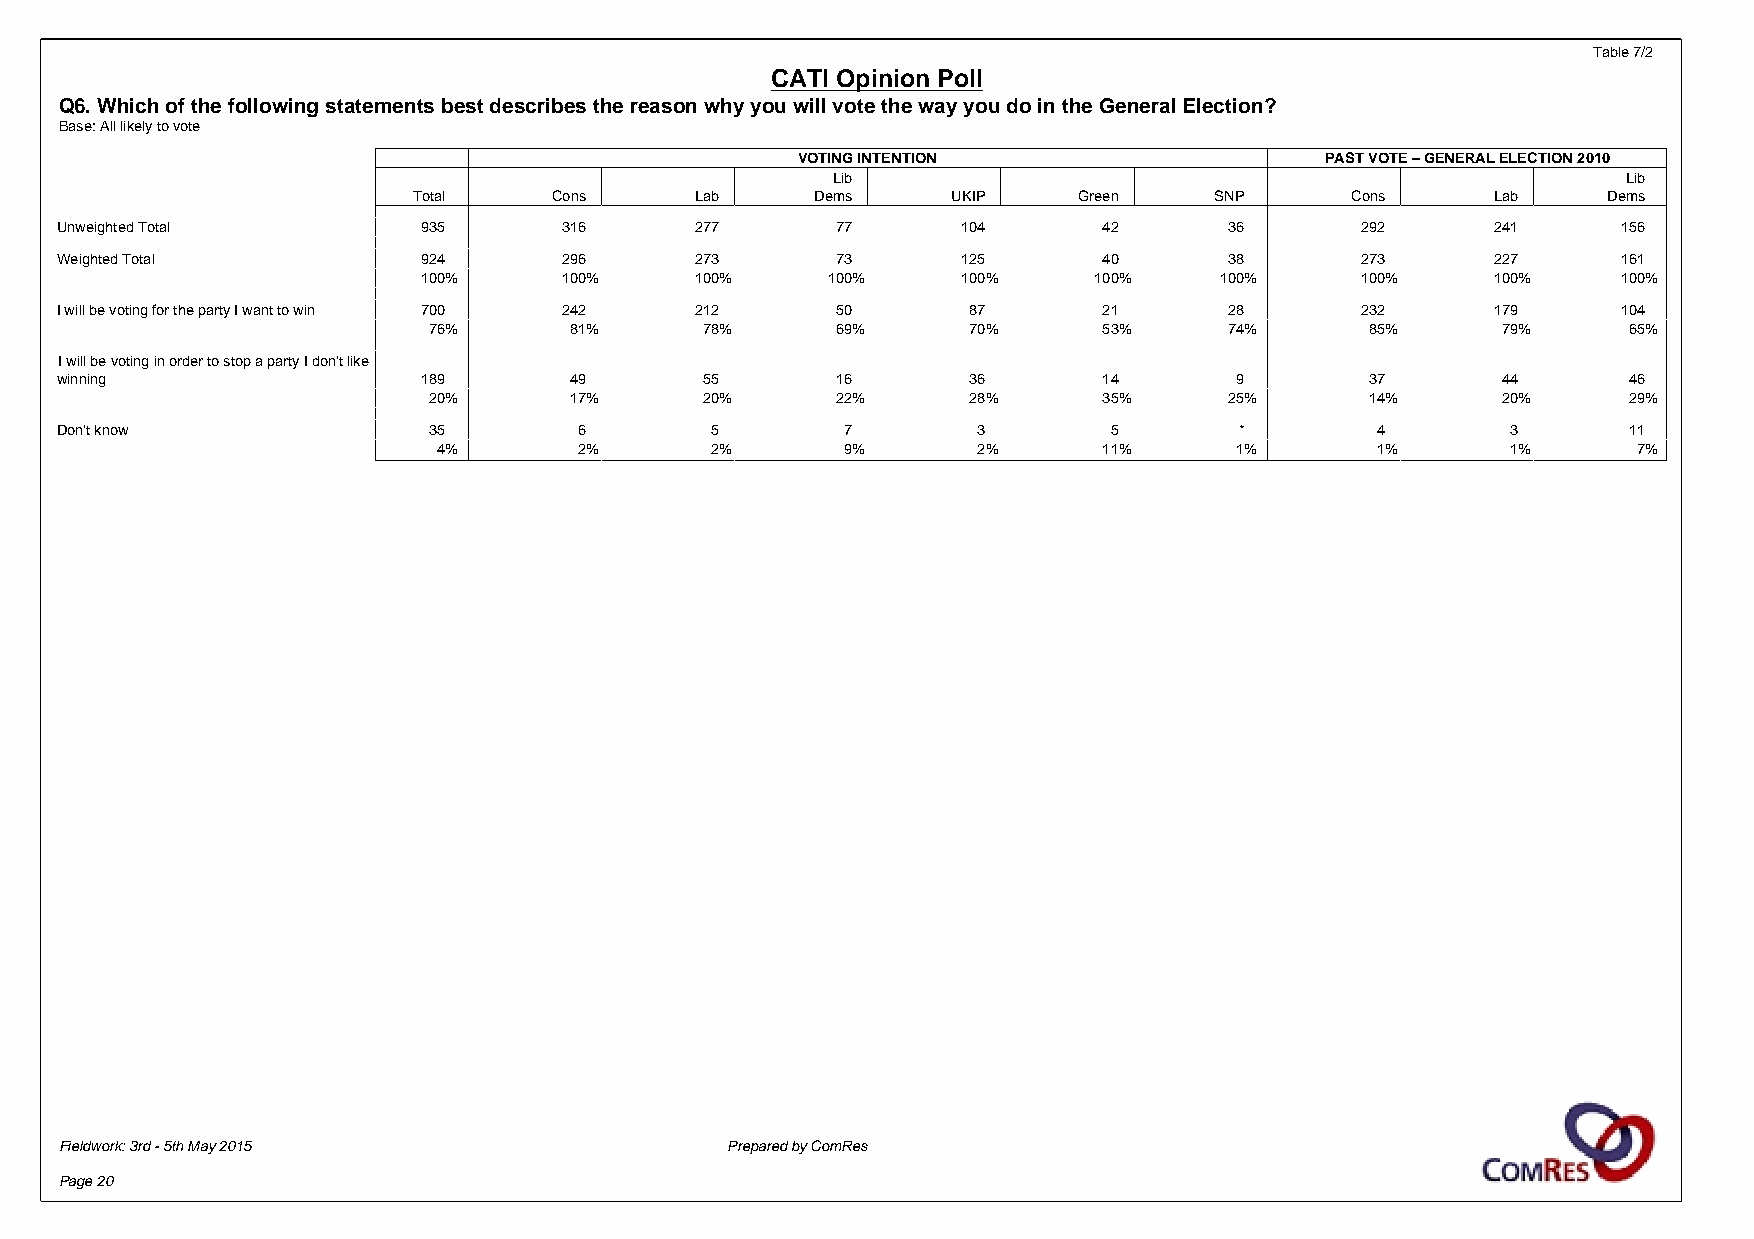
Table 7/2
 CATI Opinion Poll
 Q6. Which of the following statements best describes the reason why you will vote the way you do in the General Election?
 Base: All likely to vote
 VOTING INTENTION                   PAST VOTE – GENERAL ELECTION 2010
 Lib                                                  Lib
 Total     Cons     Lab     Dems     UKIP    Green    SNP      Cons      Lab    Dems
 Unweighted Total        935      316      277      77       104      42      36       292      241     156
 Weighted Total          924      296      273      73       125      40      38       273      227     161
 100%     100%     100%     100%     100%    100%     100%     100%     100%    100%
 I will be voting for the party I want to win 700 242 212 50 87       21      28       232      179     104
 76%       81%      78%     69%      70%      53%     74%       85%     79%      65%
 I will be voting in order to stop a party I don't like
 winning                 189       49       55      16       36       14       9        37      44       46
 20%       17%      20%     22%      28%      35%     25%       14%     20%      29%
 Don't know              35        6        5        7        3        5       *        4        3       11
 4%       2%       2%       9%       2%      11%      1%       1%       1%      7%
 Fieldwork: 3rd - 5th May 2015               Prepared by ComRes
 Page 20